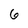
Character: 6